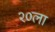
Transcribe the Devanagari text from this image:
२०ला